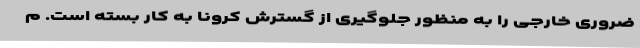
ضروری خارجی را به منظور جلوگیری از گسترش کرونا به کار بسته است. م